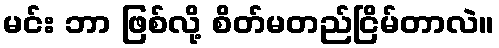
မင်း ဘာ ဖြစ်လို့ စိတ်မတည်ငြိမ်တာလဲ။